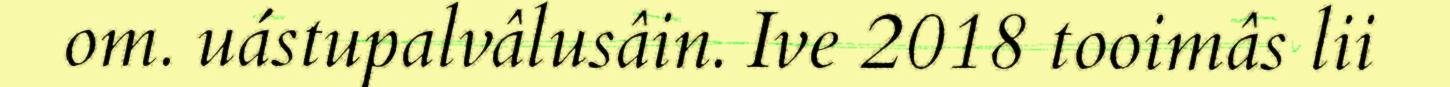
om. uástupalvâlusâin. Ive 2018 tooimâs lii